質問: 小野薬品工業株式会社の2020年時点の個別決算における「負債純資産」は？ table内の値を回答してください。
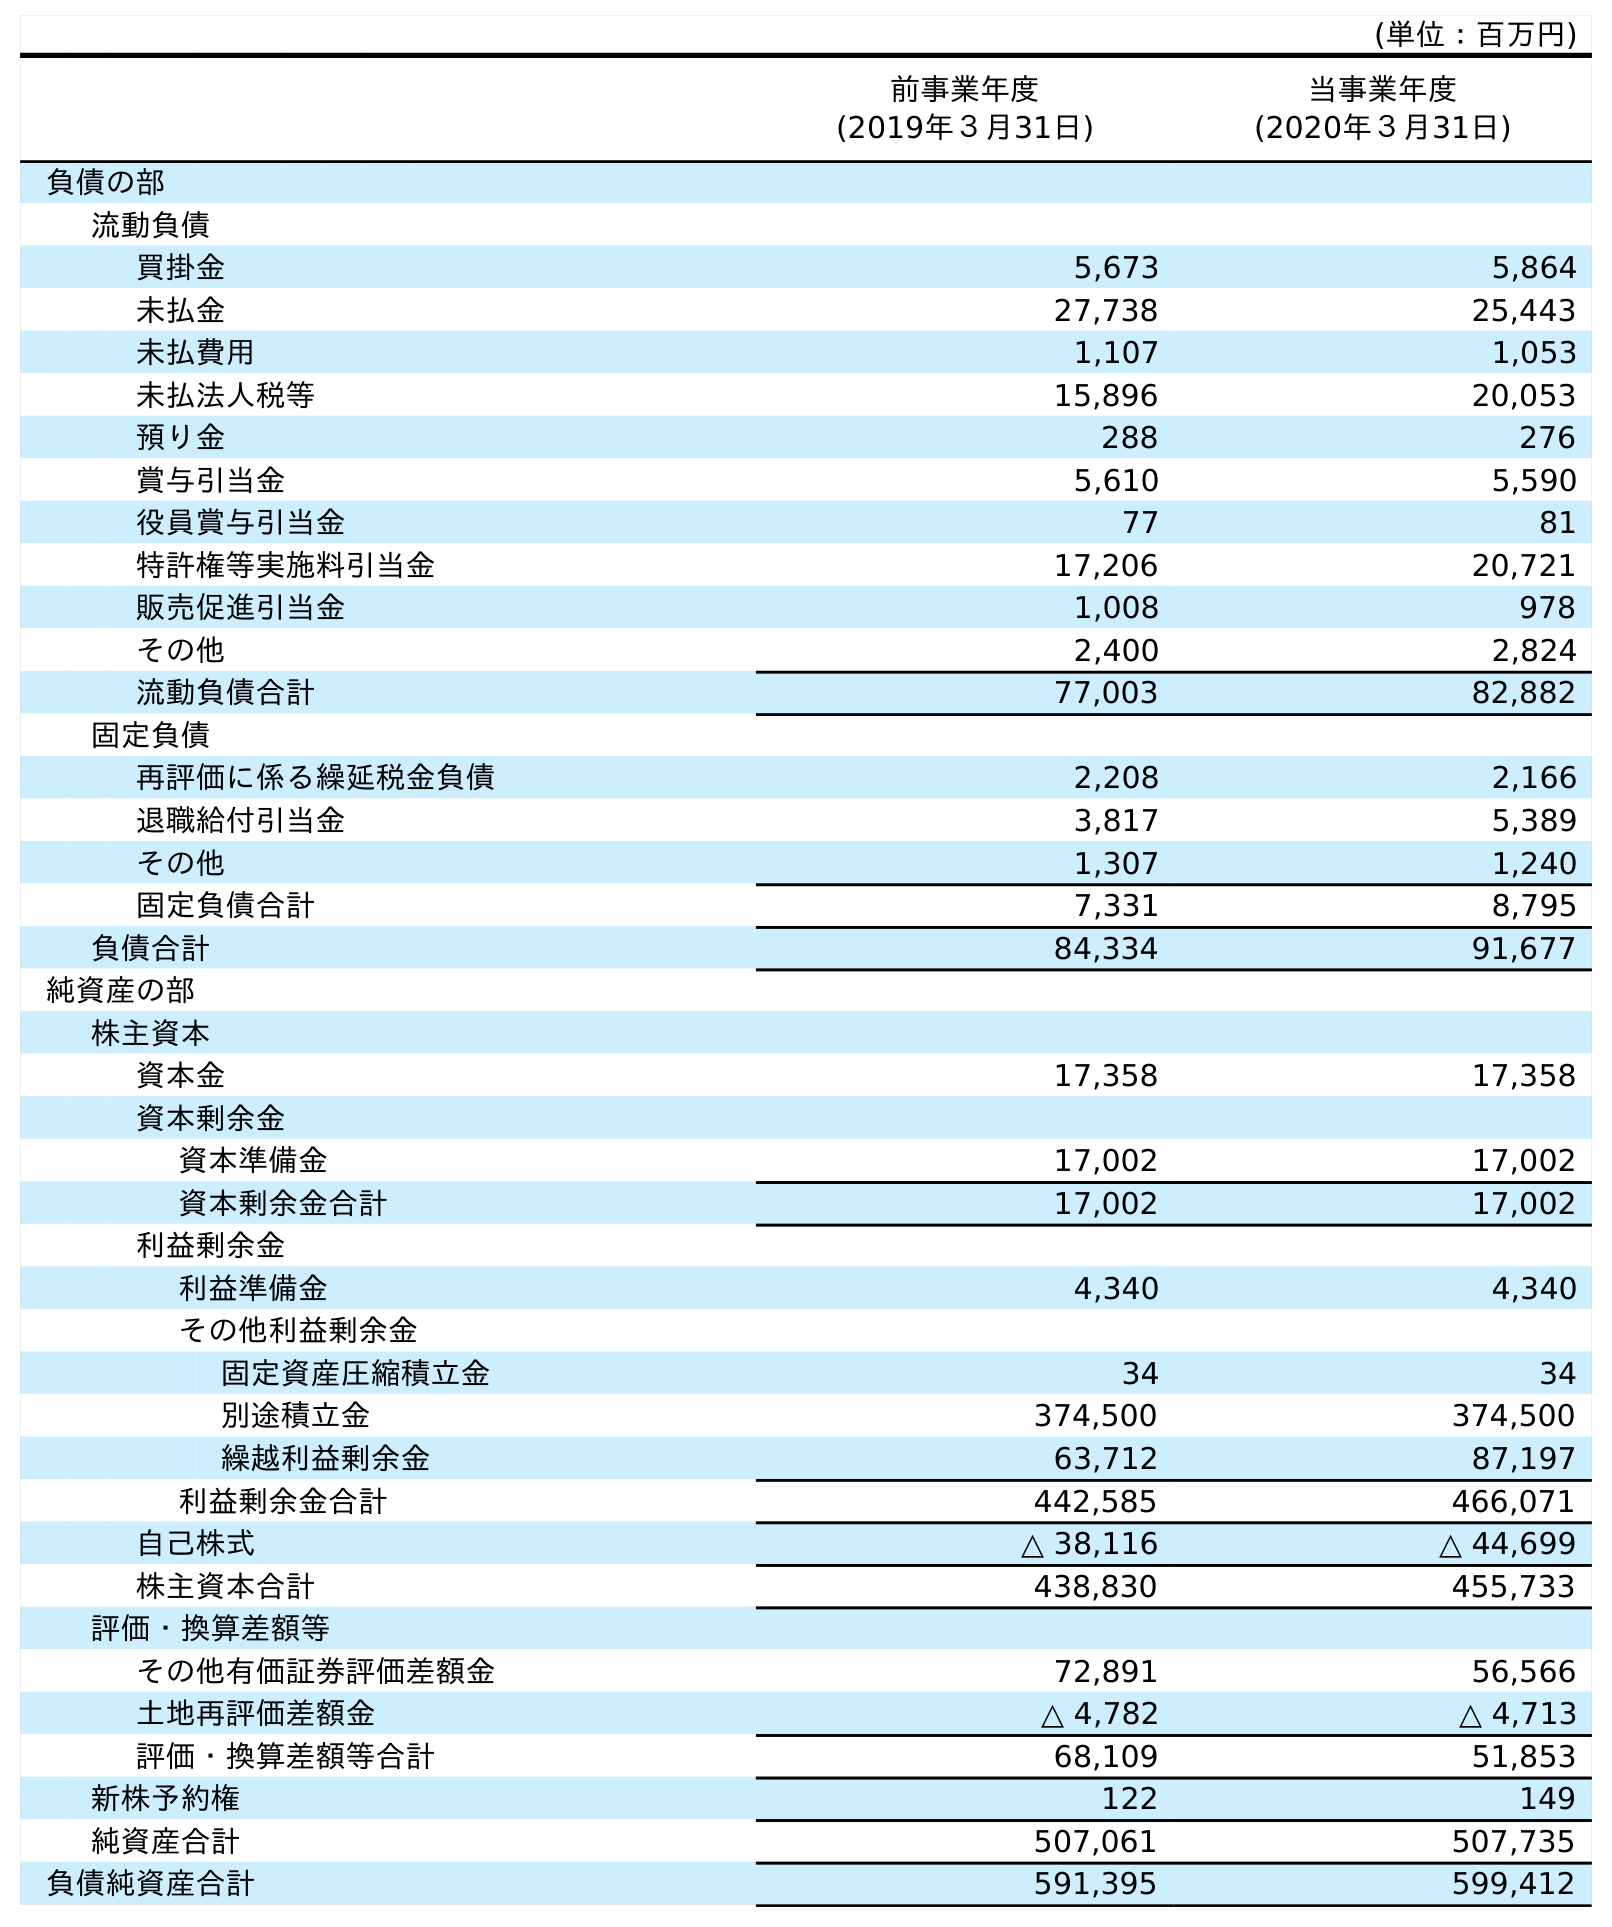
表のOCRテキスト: (単位：百万円) 前事業年度 (2019年３月31日) 当事業年度 (2020年３月31日) 負債の部 流動負債 買掛金 5,673 5,864 未払金 27,738 25,443 未払費用 1,107 1,053 未払法人税等 15,896 20,053 預り金 288 276 賞与引当金 5,610 5,590 役員賞与引当金 77 81 特許権等実施料引当金 17,206 20,721 販売促進引当金 1,008 978 その他 2,400 2,824 流動負債合計 77,003 82,882 固定負債 再評価に係る繰延税金負債 2,208 2,166 退職給付引当金 3,817 5,389 その他 1,307 1,240 固定負債合計 7,331 8,795 負債合計 84,334 91,677 純資産の部 株主資本 資本金 17,358 17,358 資本剰余金 資本準備金 17,002 17,002 資本剰余金合計 17,002 17,002 利益剰余金 利益準備金 4,340 4,340 その他利益剰余金 固定資産圧縮積立金 34 34 別途積立金 374,500 374,500 繰越利益剰余金 63,712 87,197 利益剰余金合計 442,585 466,071 自己株式 △ 38,116 △ 44,699 株主資本合計 438,830 455,733 評価・換算差額等 その他有価証券評価差額金 72,891 56,566 土地再評価差額金 △ 4,782 △ 4,713 評価・換算差額等合計 68,109 51,853 新株予約権 122 149 純資産合計 507,061 507,735 負債純資産合計 591,395 599,412
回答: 599,412